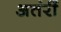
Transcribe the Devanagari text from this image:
अतंरीं